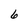
Character: 6